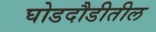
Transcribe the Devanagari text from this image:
घोडदौडीतील